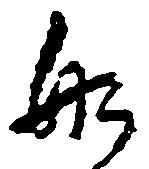
船